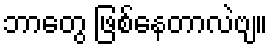
ဘာတွေ ဖြစ်နေတာလဲဗျ။